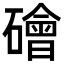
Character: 𥖩